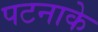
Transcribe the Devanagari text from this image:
पटनाके